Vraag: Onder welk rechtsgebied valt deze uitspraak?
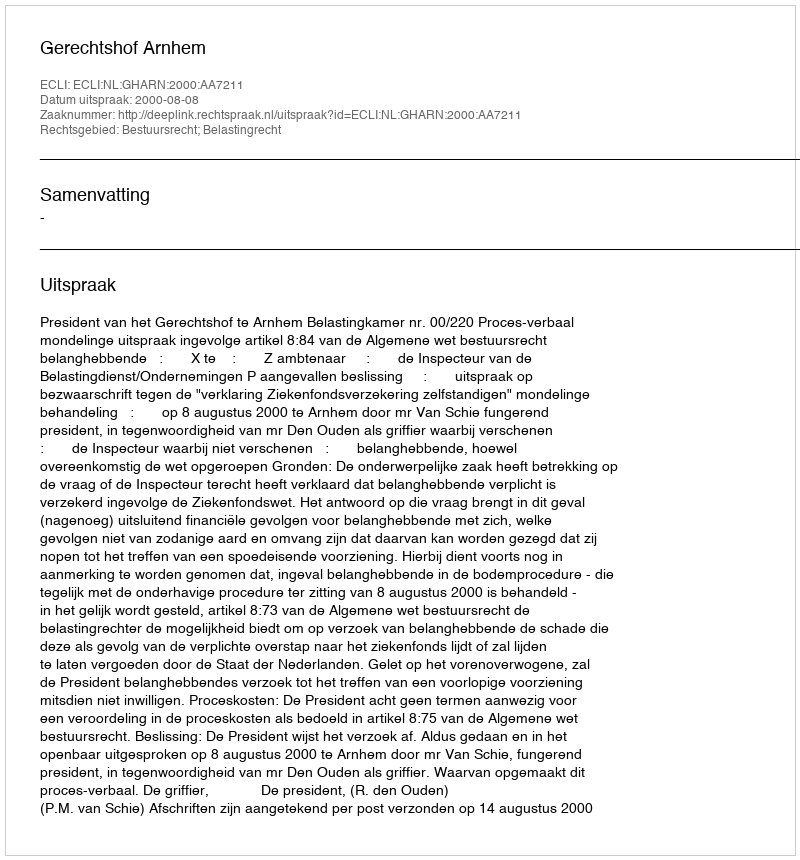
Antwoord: Bestuursrecht; Belastingrecht